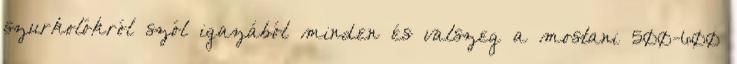
szurkolókról szól igazából minden és valszeg a mostani 500-600